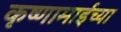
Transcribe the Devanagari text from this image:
कृष्णामाईंच्या